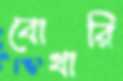
বোখারি